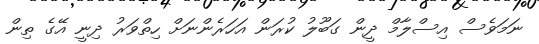
ނަމަވެސް އިސްލާމް ދީން ގަބޫލު ކުރަން އަހަރެންނަށް ހިތްވަރު ދިނީ އޭގެ ތިން